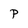
Character: P